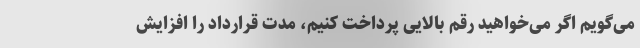
می‌گویم اگر می‌خواهید رقم بالایی پرداخت کنیم، مدت قرارداد را افزایش